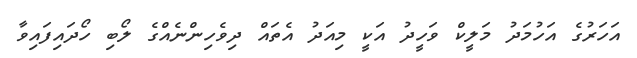
އަހަރުގެ އަހުމަދު މަލީކް ވަހީދު އަކީ މިއަދު އެތައް ދިވެހިންނެއްގެ ލޯބި ހޯދައިފައިވާ